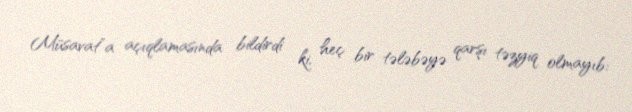
Müsavat”a açıqlamasında bildirdi ki, heç bir tələbəyə qarşı təzyiq olmayıb: